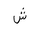
Letter: _shin